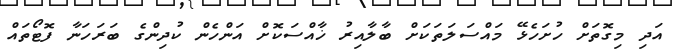
އަދި މިގޮތަށް ހުށަހެޅޭ މައްސަލަތަކަށް ބާލާއިރު ޚާއްސަކޮށް އަންހެން ކުދިންގެ ބަރަހަނާ ފޮޓޯތައް